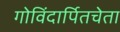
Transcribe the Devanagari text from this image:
गोविंदार्पितचेता